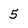
Character: 5